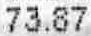
73.87